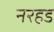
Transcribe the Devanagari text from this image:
नरहड